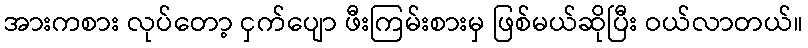
အားကစား လုပ်တော့ ငှက်ပျော ဖီးကြမ်းစားမှ ဖြစ်မယ်ဆိုပြီး ဝယ်လာတယ်။